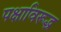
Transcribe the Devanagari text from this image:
पक्षाविरूद्ध